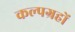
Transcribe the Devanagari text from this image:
कल्पग्रहों